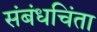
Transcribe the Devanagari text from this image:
संबंधचिंता